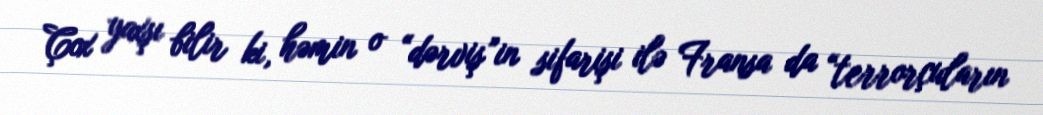
Çox yaxşı bilir ki, həmin o “dərviş”in sifarişi ilə Fransa da “terrorçuların